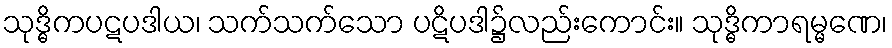
သုဒ္ဓိကပဋပဒါယ၊ သက်သက်သော ပဋိပဒါ၌လည်းကောင်း။ သုဒ္ဓိကာရမ္မဏေ၊